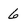
Character: 6